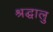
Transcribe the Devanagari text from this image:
श्रद्घालु